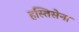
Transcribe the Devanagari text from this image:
हस्तिसेना